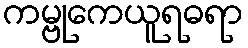
ကမ္ဗုကေယူရဓရာ